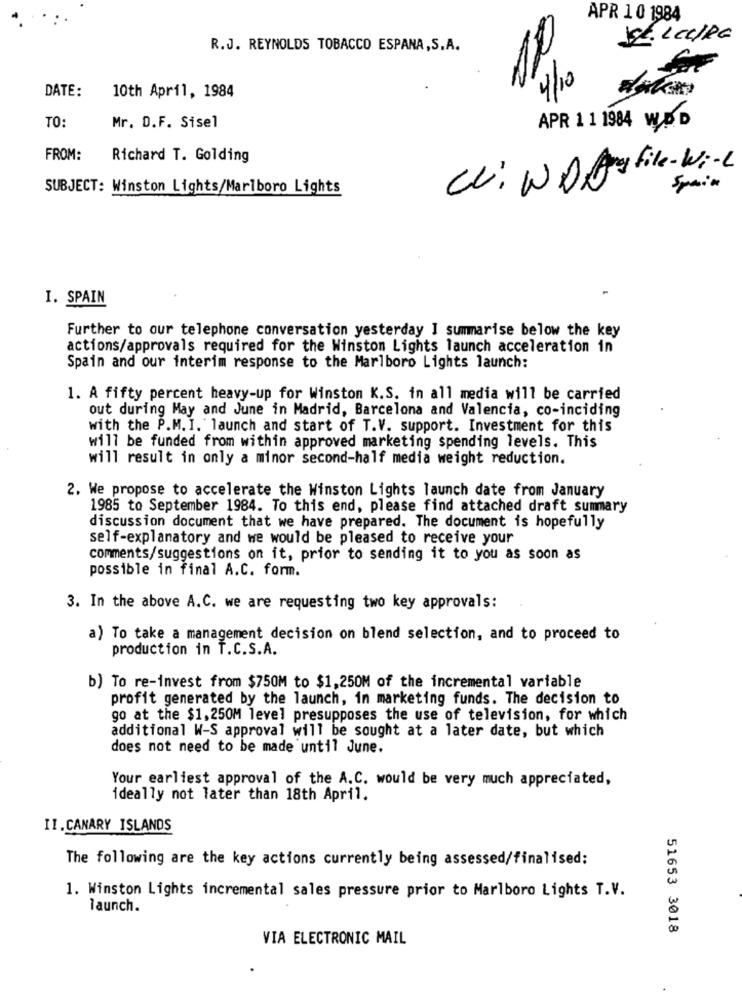
APR 10 1984
SE. LEURE
R.J. REYNOLDS TOBACCO ESPANA, S.A.
4/10
DATE:
10th April, 1984
TO:
Mr. D.F. Sisel
APR 1 1 1984 WD
FROM:
Richard T. Golding
CV: WD Da file-Will
SUBJECT: Winston Lights/Marlboro Lights
Spain
I. SPAIN
Further to our telephone conversation yesterday I summarise below the key
actions/approvals required for the Winston Lights launch acceleration in
Spain and our interim response to the Marlboro Lights launch:
1. A fifty percent heavy-up for Winston K.S. in all media will be carried
out during May and June in Madrid, Barcelona and Valencia, co-inciding
with the P.M. I. launch and start of T.V. support. Investment for this
will be funded from within approved marketing spending levels. This
will result in only a minor second-half media weight reduction.
2. We propose to accelerate the Winston Lights launch date from January
1985 to September 1984. To this end, please find attached draft summary
discussion document that we have prepared. The document is hopefully
self-explanatory and we would be pleased to receive your
comments/suggestions on it, prior to sending it to you as soon as
possible in final A.C. form.
3. In the above A.C. we are requesting two key approvals:
a) To take a management decision on blend selection, and to proceed to
production in T.C.S.A.
b) To re-invest from $750M to $1,250M of the incremental variable
profit generated by the launch, in marketing funds. The decision to
go at the $1,250M level presupposes the use of television, for which
additional W-S approval will be sought at a later date, but which
does not need to be made until June.
Your earliest approval of the A.C. would be very much appreciated,
ideally not later than 18th April.
II. CANARY ISLANDS
The following are the key actions currently being assessed/finalised;
1. Winston Lights incremental sales pressure prior to Marlboro Lights T.V.
launch.
51653 3018
VIA ELECTRONIC MAIL